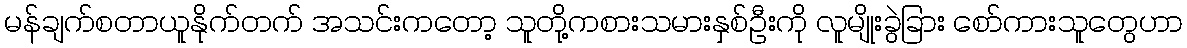
မန်ချက်စတာယူနိုက်တက် အသင်းကတော့ သူတို့ကစားသမားနှစ်ဦးကို လူမျိုးခွဲခြား စော်ကားသူတွေဟာ